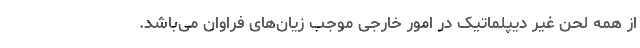
از همه لحن غیر دیپلماتیک در امور خارجی موجب زیان‌های فراوان می‌باشد.